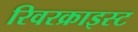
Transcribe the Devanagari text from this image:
रिवरक्राइस्ट